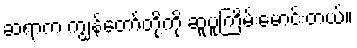
ဆရာက ကျွန်တော်တို့ကို ဆူပူကြိမ်းမောင်းတယ်။